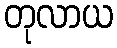
တုလာယ